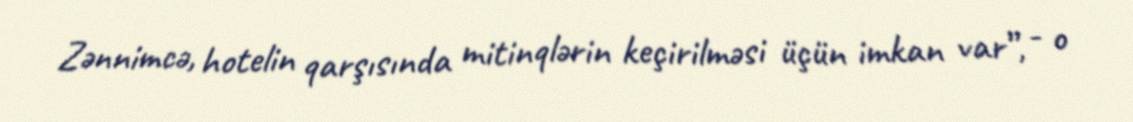
Zənnimcə, hotelin qarşısında mitinqlərin keçirilməsi üçün imkan var”, - o